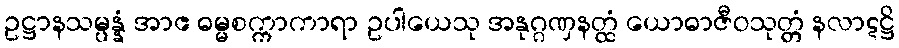
ဥဋ္ဌာနသမ္ပန္နံ အာဧ ဓမ္မစက္ကာကာရာ ဥပါယေသု အနုဂ္ဂဏှနတ္ထံ ယောဓာဇီဝသုတ္တံ နလာဋဋ္ဌိ